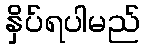
နှိပ်ရပါမည်